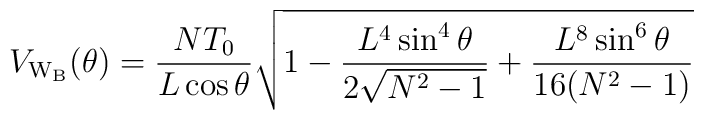
V_{\rm W_B}(\theta)=\frac{NT_0}{L\cos{\theta}}\sqrt{1-\frac{L^4\sin^4{\theta}}{2\sqrt{N^2-1}}+\frac{L^8\sin^6{\theta}}{16(N^2-1)}}